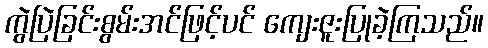
ကွဲပြဲခြင်းစွမ်းအင်ဖြင့်ပင် ကျေးဇူးပြုခဲ့ကြသည်။